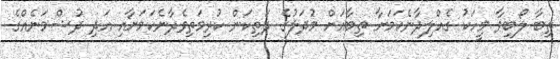
ތިބާ ލޯބިވާ މީހަކު ގެއްލިދާނެކަމަށާ ތިބާއަށް މުދަލުގެ ދަތިކަން ކުރިމަތިވެދާނެކަމަށާއި އަދި ދުޝްމަނެއްގެ